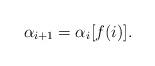
LaTeX: \begin{align*}\alpha_{i+1}=\alpha_i [f(i)].\end{align*}